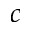
c